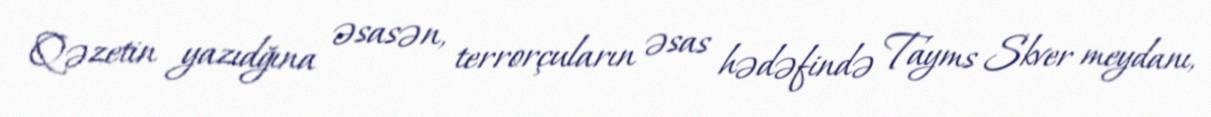
Qəzetin yazıdğına əsasən, terrorçuların əsas hədəfində Tayms Skver meydanı,